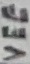
Text: VEE